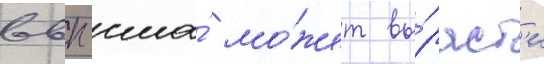
ввп сша́ мо́жет вы́раст'и